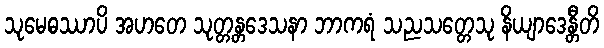
သုမေဓဿာပိ အဟတေ သုတ္တန္တဒေသနာ ဘာကရံ သညသတ္တေသု နိယျာဒေန္တီတိ